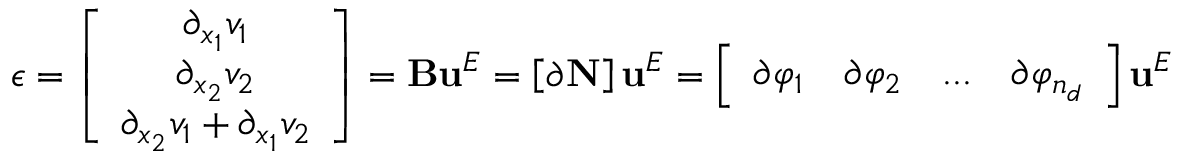
\boldsymbol { \epsilon } = \left[ \begin{array} { c } { \partial _ { x _ { 1 } } v _ { 1 } } \\ { \partial _ { x _ { 2 } } v _ { 2 } } \\ { \partial _ { x _ { 2 } } v _ { 1 } + \partial _ { x _ { 1 } } v _ { 2 } } \end{array} \right] = \mathbf { B } \mathbf { u } ^ { E } = \left[ \boldsymbol { \partial } \mathbf { N } \right] \mathbf { u } ^ { E } = \left[ \begin{array} { c c c c } { \boldsymbol { \partial } \varphi _ { 1 } } & { \boldsymbol { \partial } \varphi _ { 2 } } & { . . . } & { \boldsymbol { \partial } \varphi _ { n _ { d } } } \end{array} \right] \mathbf { u } ^ { E }